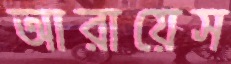
আরায়েস